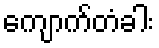
ကျောက်တံခါး